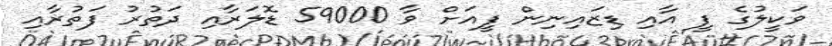
ވަކީލުގެ ފީ އާއި ޑިޒައިނިން ފީއަށް ވާ 59000 ޑޮލަރާއި ދަތުރު ފަތުރާއި